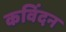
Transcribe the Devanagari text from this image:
कविंदन